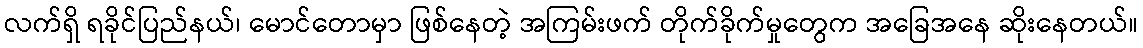
လက်ရှိ ရခိုင်ပြည်နယ်၊ မောင်တောမှာ ဖြစ်နေတဲ့ အကြမ်းဖက် တိုက်ခိုက်မှုတွေက အခြေအနေ ဆိုးနေတယ်။